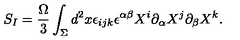
S _ { I } = { \frac { \Omega } { 3 } } \int _ { \Sigma } d ^ { 2 } x \epsilon _ { i j k } \epsilon ^ { \alpha \beta } X ^ { i } \partial _ { \alpha } X ^ { j } \partial _ { \beta } X ^ { k } .